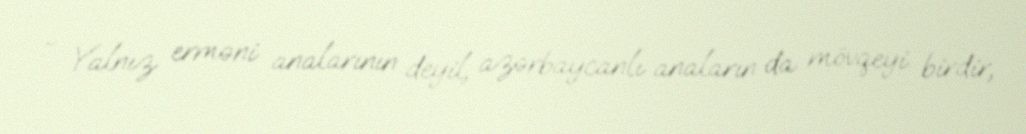
- Yalnız erməni analarının deyil, azərbaycanlı anaların da mövqeyi birdir,